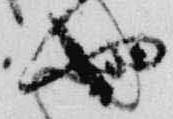
也